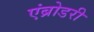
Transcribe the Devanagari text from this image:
एंब्रोडरी